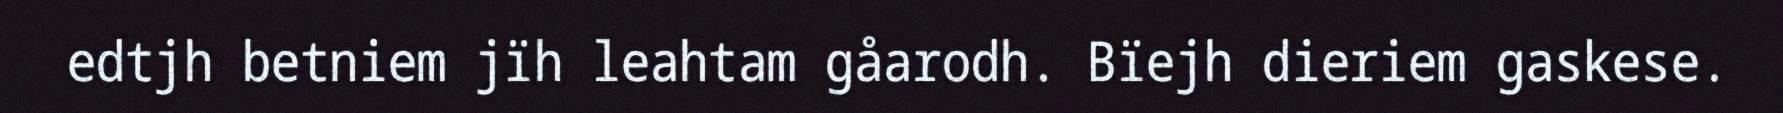
edtjh betniem jïh leahtam gåarodh. Bïejh dieriem gaskese.